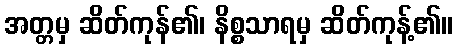
အတ္တမှ ဆိတ်ကုန်၏၊ နိစ္စသာရမှ ဆိတ်ကုန့်၏။